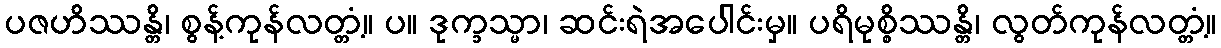
ပဇဟိဿန္တိ၊ စွန့်ကုန်လတ္တံ့။ ပ။ ဒုက္ခသ္မာ၊ ဆင်းရဲအပေါင်းမှ။ ပရိမုစ္စိဿန္တိ၊ လွတ်ကုန်လတ္တံ့။